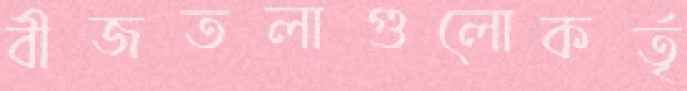
বীজতলাগুলোকর্তৃ